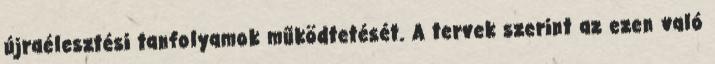
újraélesztési tanfolyamok működtetését. A tervek szerint az ezen való